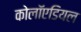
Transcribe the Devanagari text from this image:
कोलॉएडियल